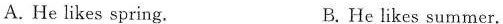
A . He likes spring. B.He likes summer.